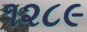
૧૨૮૯